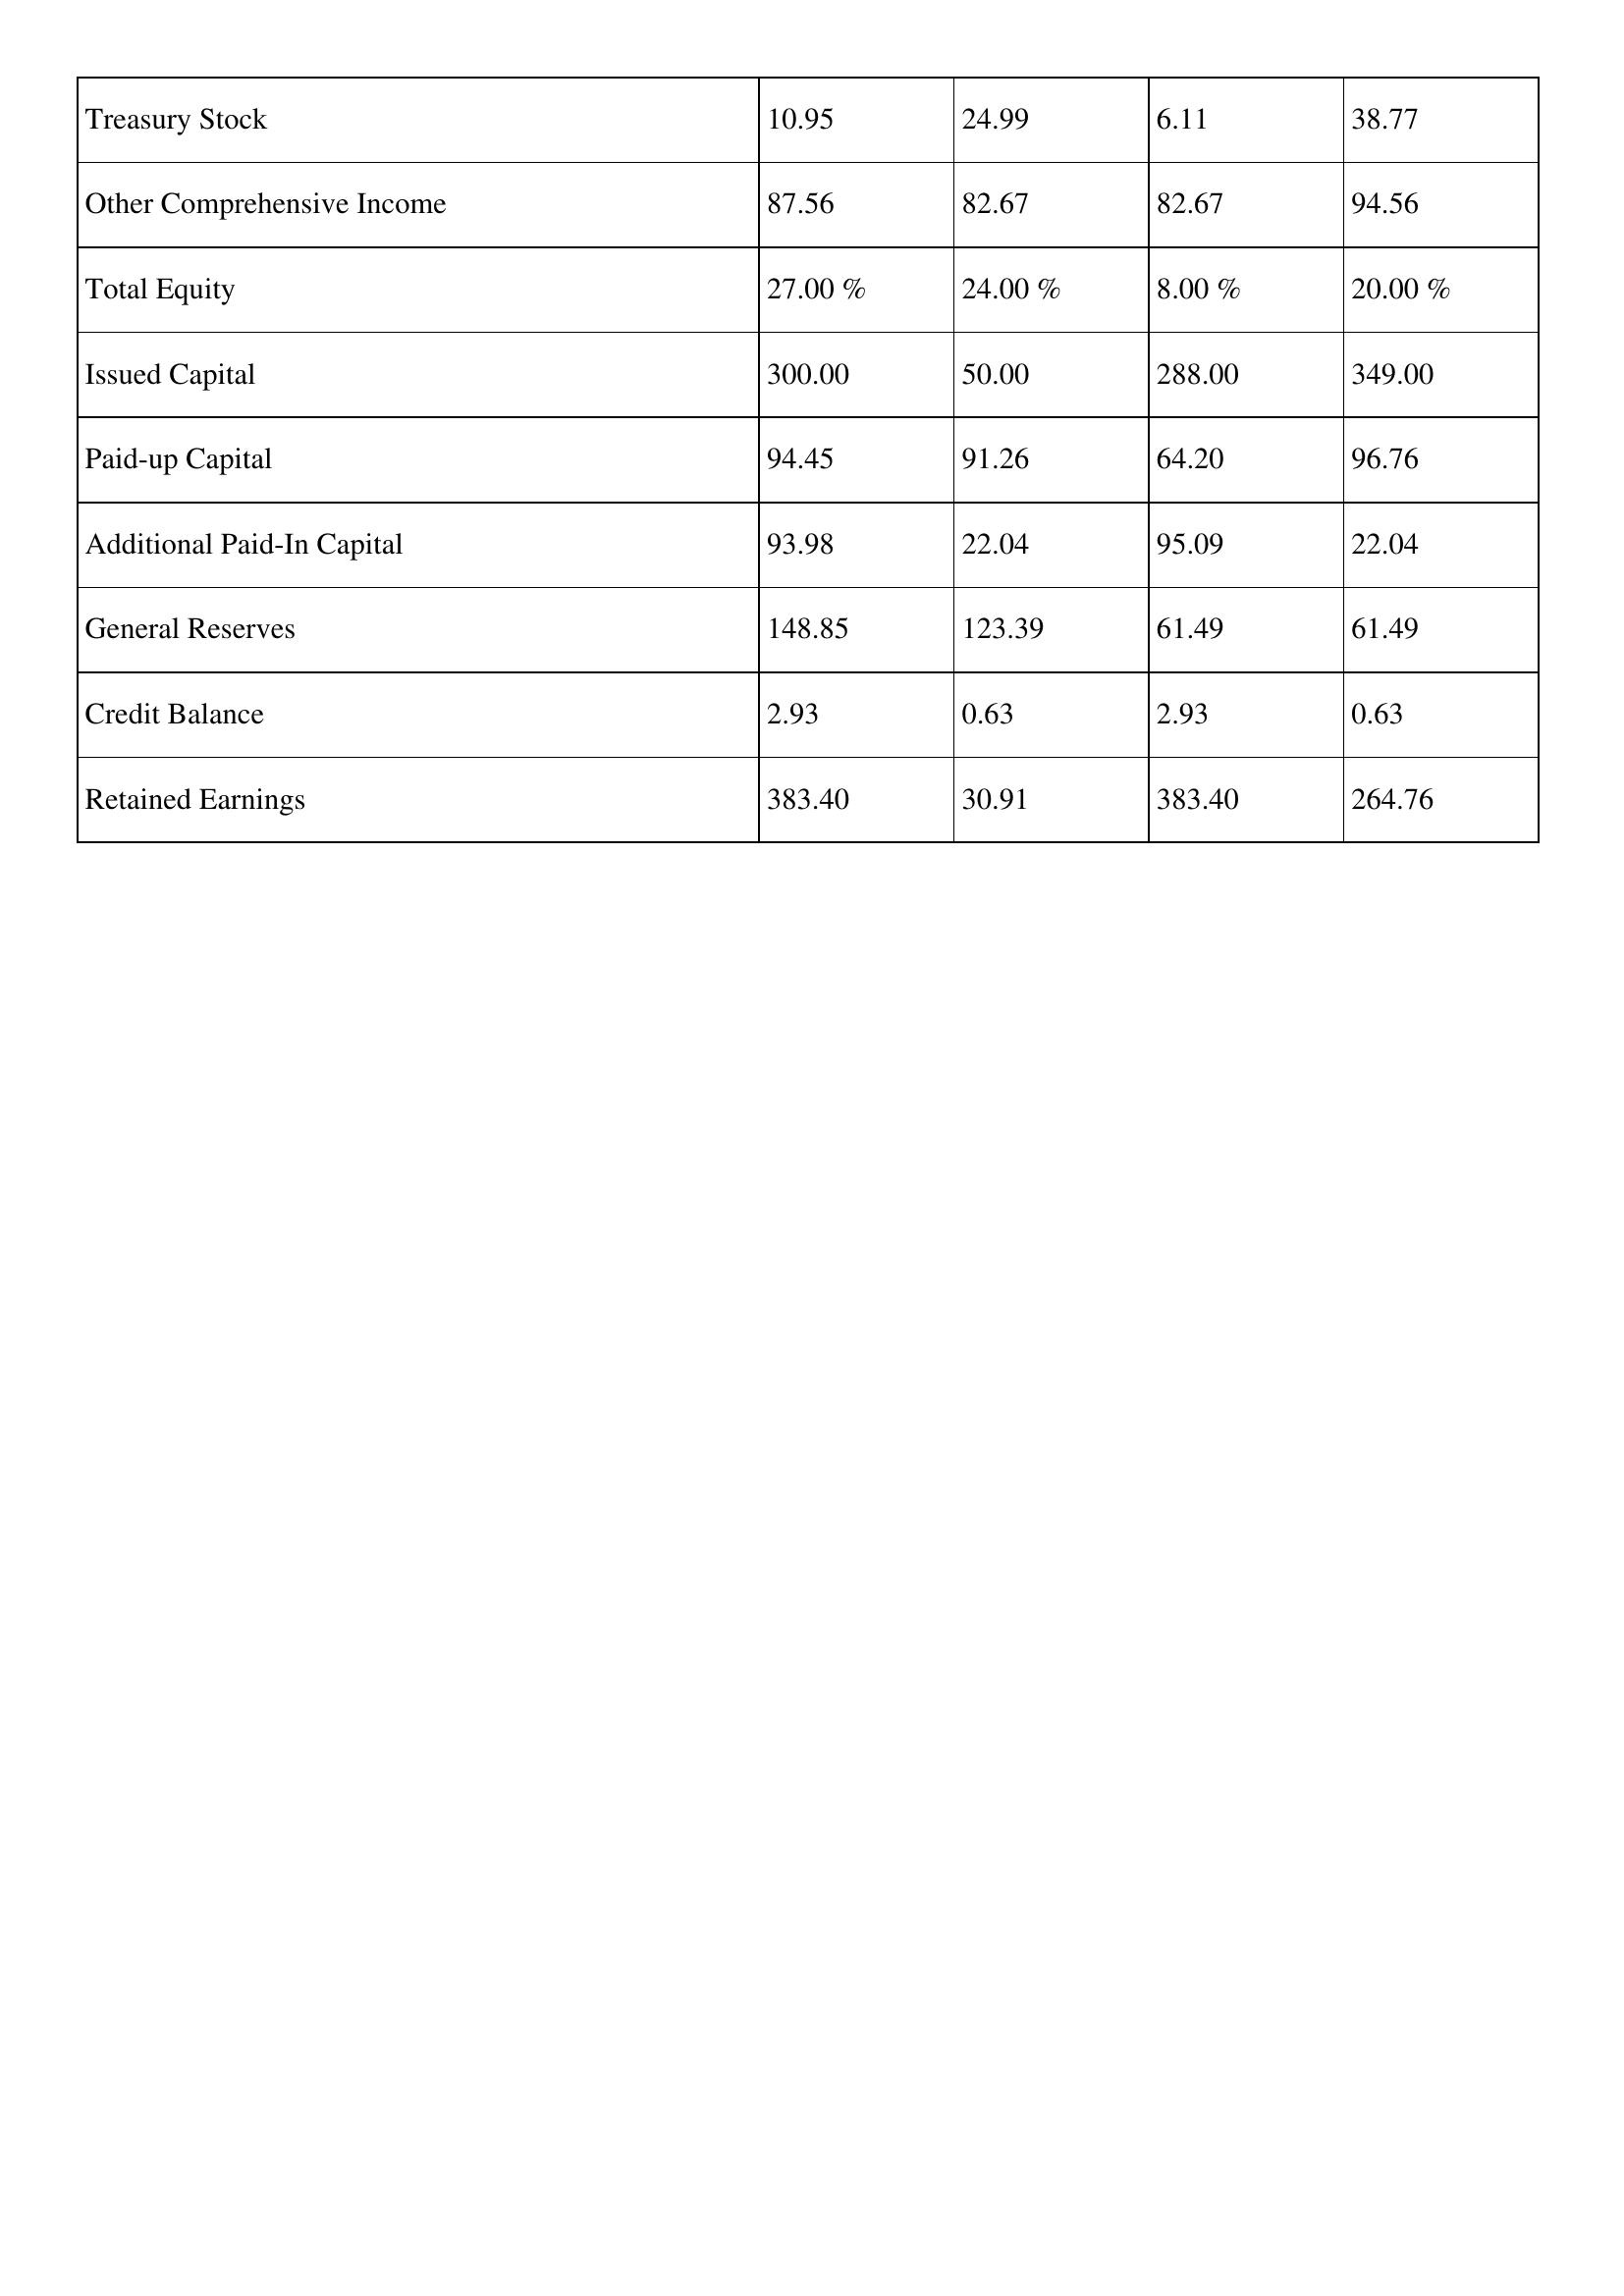
gt_parse: 2020: Treasury Stock: 10.95
Other Comprehensive Income: 87.56
Total Equity: 27.00 %
Issued Capital: 300.00
Paid-up Capital: 94.45
Additional Paid-In Capital: 93.98
General Reserves: 148.85
Credit Balance: 2.93
Retained Earnings: 383.40
2019: Treasury Stock: 24.99
Other Comprehensive Income: 82.67
Total Equity: 24.00 %
Issued Capital: 50.00
Paid-up Capital: 91.26
Additional Paid-In Capital: 22.04
General Reserves: 123.39
Credit Balance: 0.63
Retained Earnings: 30.91
2018: Treasury Stock: 6.11
Other Comprehensive Income: 82.67
Total Equity: 8.00 %
Issued Capital: 288.00
Paid-up Capital: 64.20
Additional Paid-In Capital: 95.09
General Reserves: 61.49
Credit Balance: 2.93
Retained Earnings: 383.40
2017: Treasury Stock: 38.77
Other Comprehensive Income: 94.56
Total Equity: 20.00 %
Issued Capital: 349.00
Paid-up Capital: 96.76
Additional Paid-In Capital: 22.04
General Reserves: 61.49
Credit Balance: 0.63
Retained Earnings: 264.76